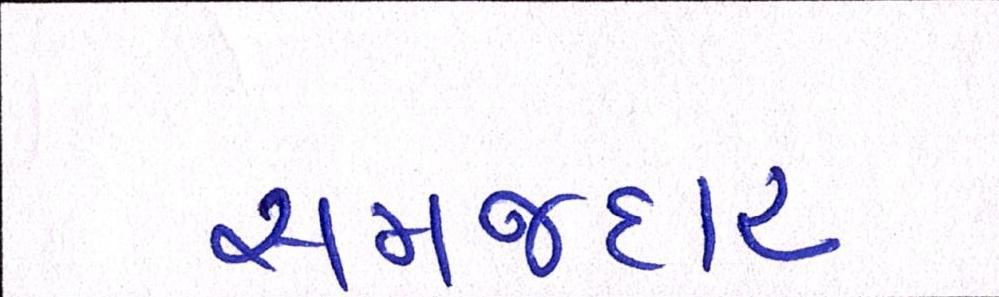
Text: સમજદાર